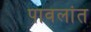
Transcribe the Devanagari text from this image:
पावलांत